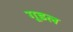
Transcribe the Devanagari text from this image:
गूडल